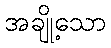
အချို့သော